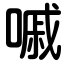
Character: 嘁